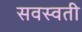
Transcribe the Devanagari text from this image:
सवस्वती